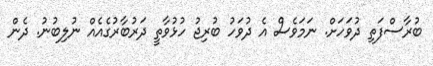
ބުރާސްފަތި ދުވަހަށް. ނަަމަވެސް އެ ދުވަހު ބުރިޖު ހުޅުވާތީ ދަރުބާރުގެއެއް ނުލިބުނު. ދެން